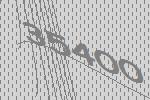
35400